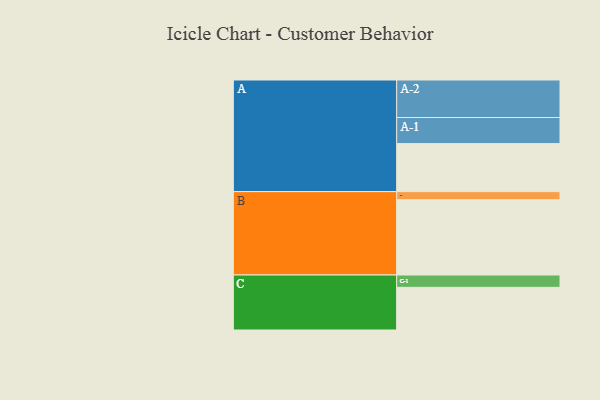
{"axis": {"x": "Segment", "y": "Value"}, "legend": ["", "A", "B", "C"], "data": [{"x": "A", "y": 374, "type": ""}, {"x": "B", "y": 586, "type": ""}, {"x": "C", "y": 332, "type": ""}, {"x": "A-1", "y": 203, "type": "A"}, {"x": "A-2", "y": 292, "type": "A"}, {"x": "B-1", "y": 63, "type": "B"}, {"x": "C-1", "y": 96, "type": "C"}]}